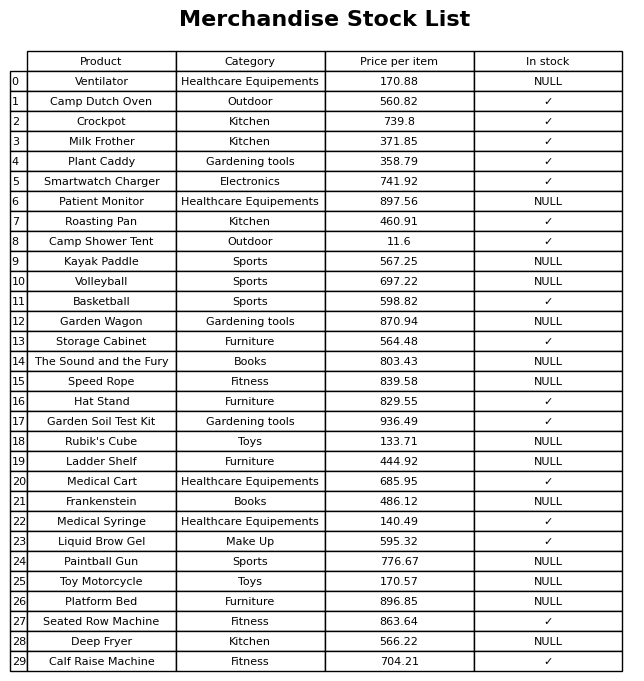
question: What is the price of the Kayak Paddle?
answer: The price of Kayak Paddle is 567.25.